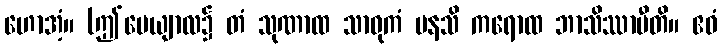
ဟောအံ့။ (ဤပေယျာလ၌ တံ သုဏာထ သာဓုကံ မနသိ ကရောထ ဘာသိဿာမီတိ။ ဧဝံ